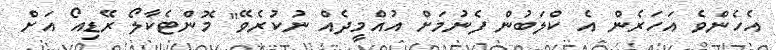
އެހެންވެ އަހަރެން އެ ކްލަބުން ފެނުމަށް އުއްމީދެއް ނުކުރެވޭ" މޮންޓެކާލޯ ރޭޑިއޯ އަށް